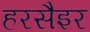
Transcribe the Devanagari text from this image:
हरसैइर